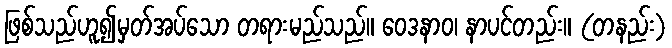
ဖြစ်သည်ဟူ၍မှတ်အပ်သော တရားမည်သည်။ ဝေဒနာဝ၊ နာပင်တည်း။ (တနည်း)